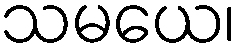
သမယေ၊